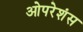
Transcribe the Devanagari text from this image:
ओपरेशंस